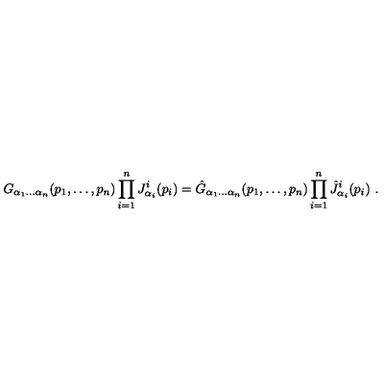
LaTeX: G _ { \alpha _ { 1 } \ldots \alpha _ { n } } ( p _ { 1 } , \ldots , p _ { n } ) \prod _ { i = 1 } ^ { n } J _ { \alpha _ { i } } ^ { i } ( p _ { i } ) = \hat { G } _ { \alpha _ { 1 } \ldots \alpha _ { n } } ( p _ { 1 } , \ldots , p _ { n } ) \prod _ { i = 1 } ^ { n } \hat { J } _ { \alpha _ { i } } ^ { i } ( p _ { i } ) \ .